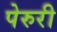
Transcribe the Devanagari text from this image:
पेरुरी